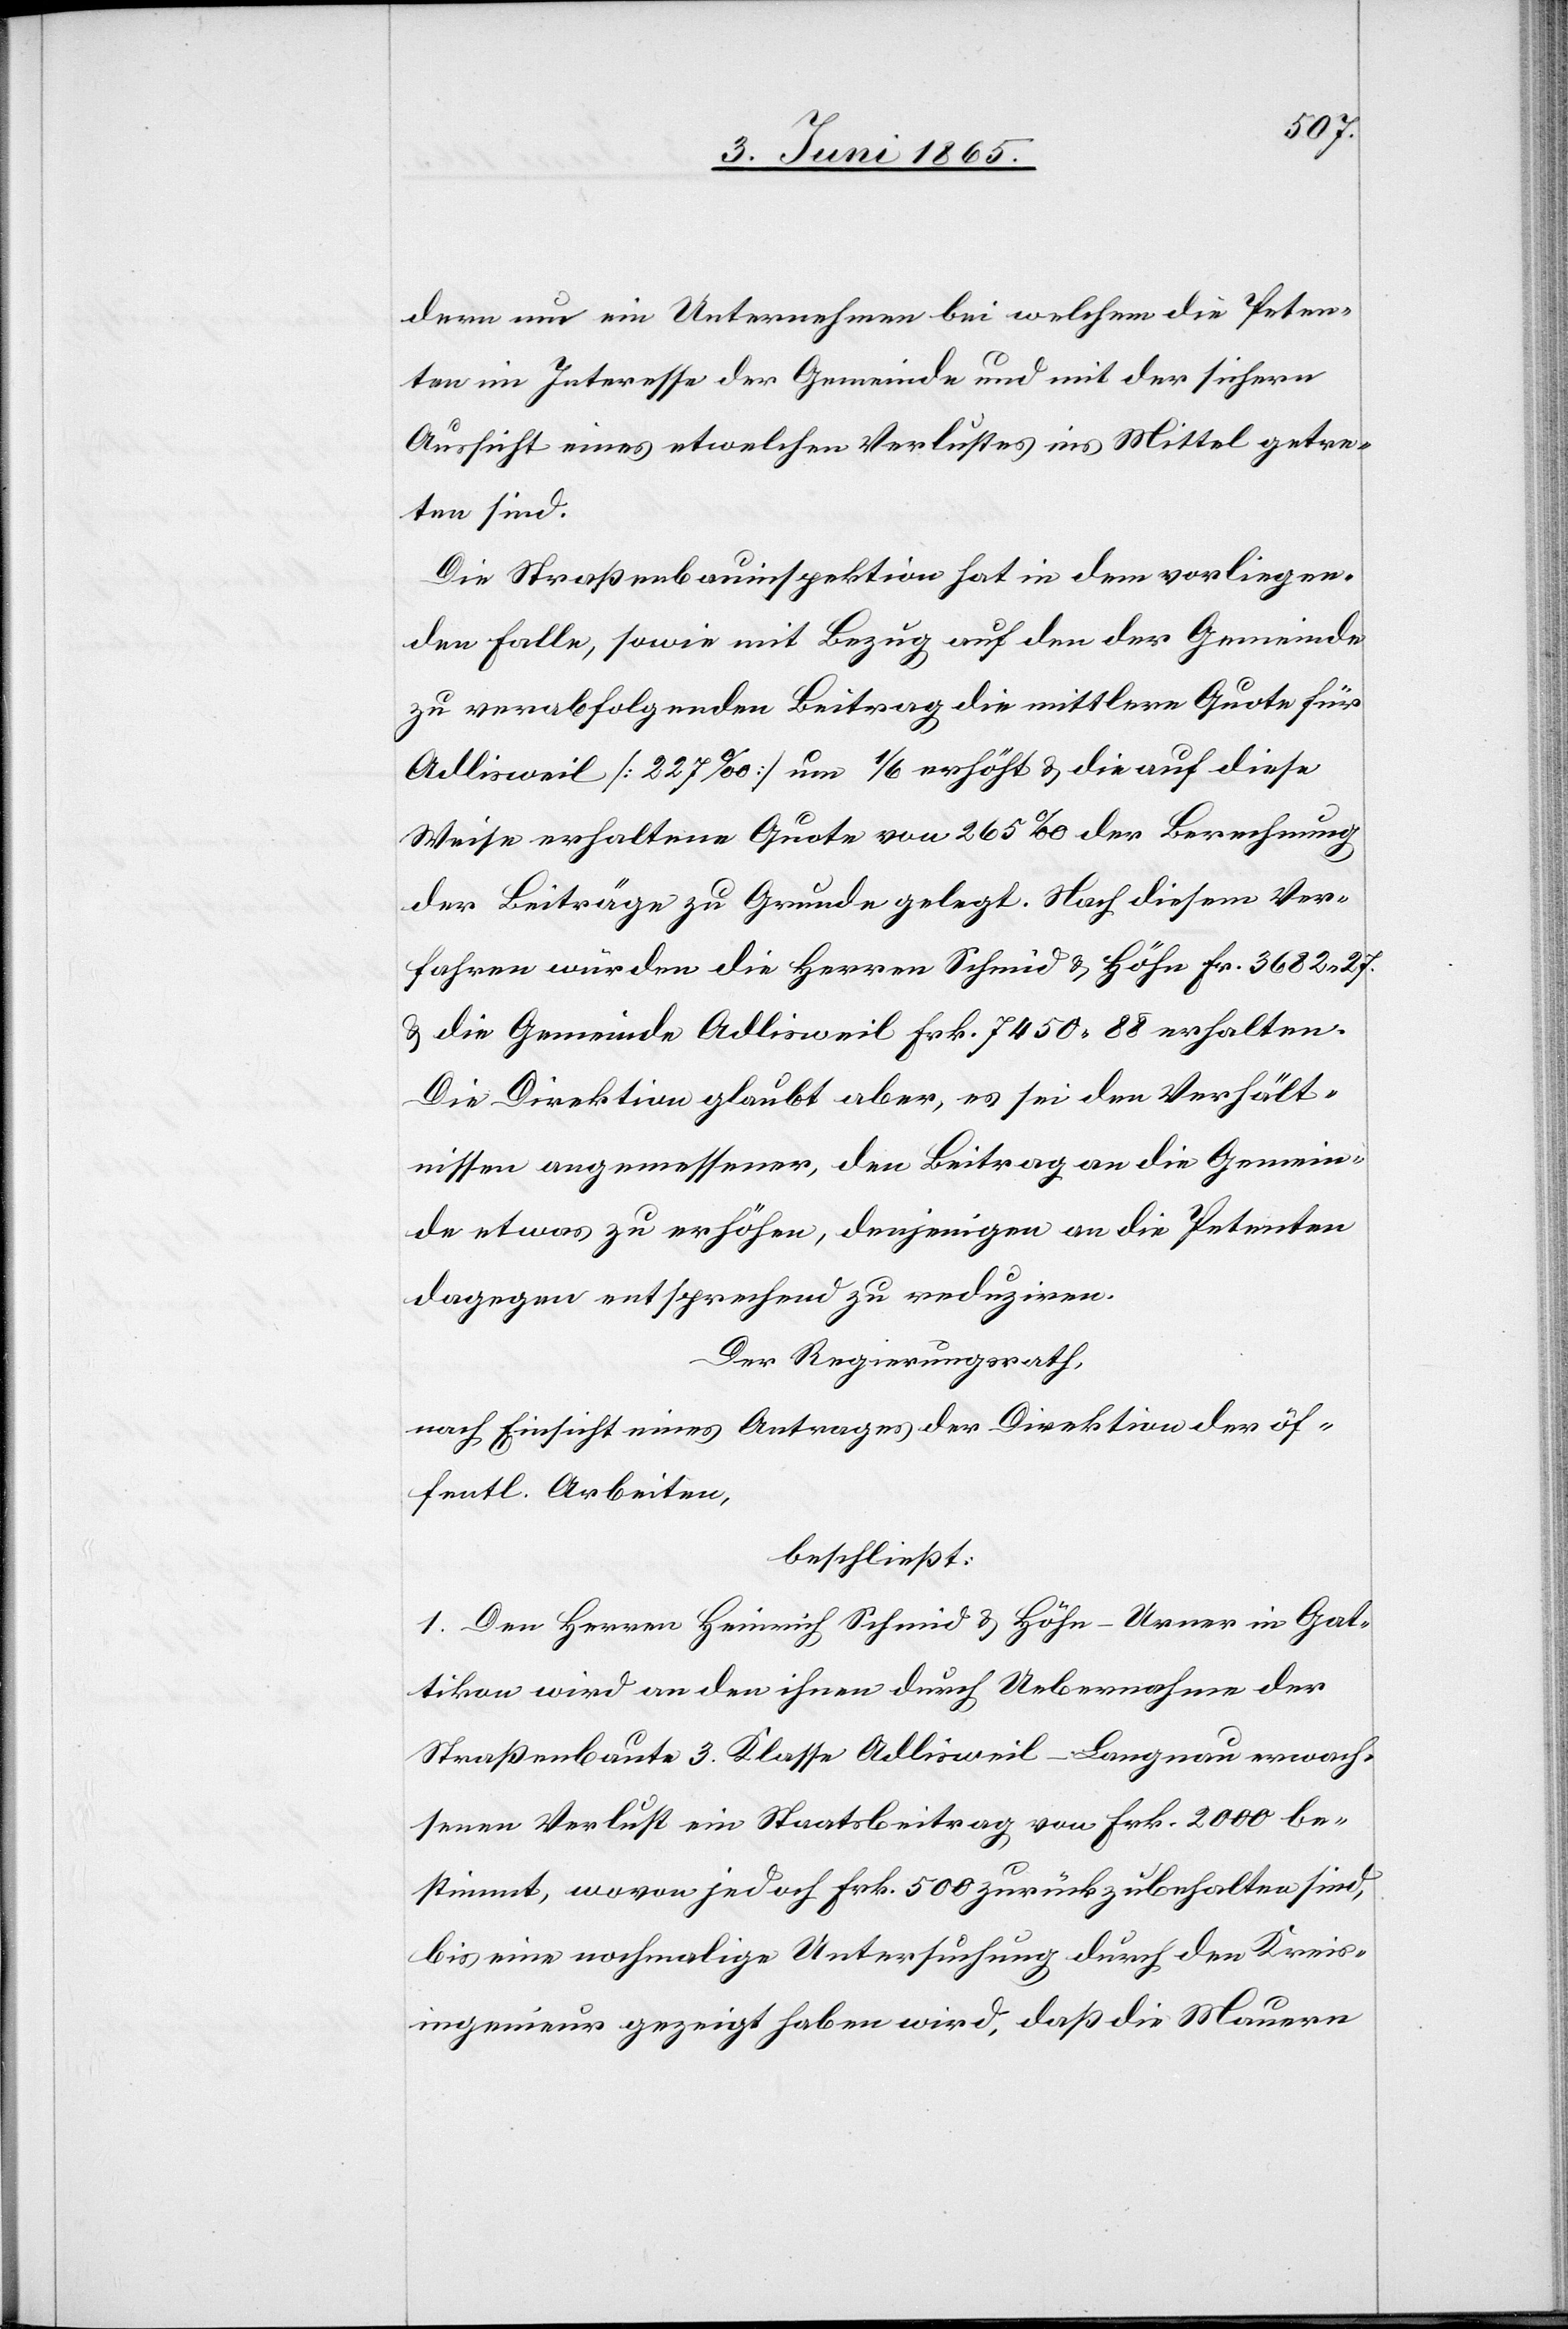
dern um ein Unternehmen bei welchem die Peten¬
ten im Interesse der Gemeinde und mit der sichern
Aussicht eines etwelchen Verlustes ins Mittel getre¬
ten sind.
Die Straßenbauinspektion hat in dem vorliegen¬
den Falle, sowie mit Bezug auf den der Gemeinde
zu verabfolgenden Beitrag die mittlere Quote für
Adlisweil [227 ‰] um 1/6 erhöht & die auf diese
Weise erhaltene Quote von 265 ‰ der Berechnung
der Beiträge zu Grunde gelegt. Nach diesem Ver¬
fahren würden die Herren Schmid & Höhn Fr. 3682 27.
& die Gemeinde Adlisweil Frk. 7450 88 erhalten.
Die Direktion glaubt aber, es sei den Verhält¬
nissen angemessener, den Beitrag an die Gemein¬
de etwas zu erhöhen, denjenigen an die Petenten
dagegen entsprechend zu reduziren.
Der Regierungsrath,
nach Einsicht eines Antrages der Direktion der öf¬
fentl. Arbeiten,
beschließt:
1. Dem Herren Heinrich Schmid & Höhn-Urner in Gat¬
tikon wird an den ihnen durch Uebernahme der
Straßenbaute 3. Klasse Adlisweil-Langnau erwach¬
senen Verlust ein Staatsbeitrag von Frk. 2000 be¬
stimmt, wovon jedoch Frk. 500 zurückzubehalten sind,
bis eine nochmalige Untersuchung durch den Kreis¬
ingenieur gezeigt haben wird, daß die Mauern